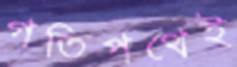
গতিপথেই